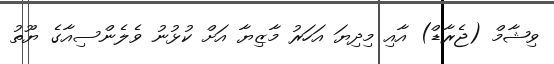
ވިޝާމް (ޖެރާޑް) އާއި މިދިޔަ އަހަރު މާޒިޔާ އަށް ކުޅުނު ވެލެންސިއާގެ ޔޫތު